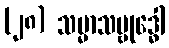
(၂၈) သမ္မာသမ္ဗုဒ္ဓေါ